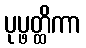
ပုပ္ဖတ္ထိကာ